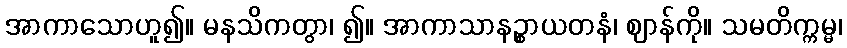
အာကာသောဟူ၍။ မနသိကတွာ၊ ၍။ အာကာသာနဉ္စာယတနံ၊ ဈာန်ကို။ သမတိက္ကမ္မ၊